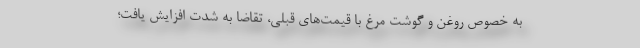
به خصوص روغن و گوشت مرغ با قیمت‌های قبلی، تقاضا به شدت افزایش یافت؛